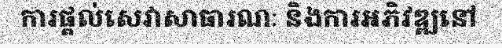
ការផ្តល់សេវាសាធារណៈ និងការអភិវឌ្ឍនៅ